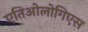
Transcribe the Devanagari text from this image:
एतिओलोगिएस